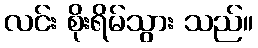
လင်း စိုးရိမ်သွား သည်။